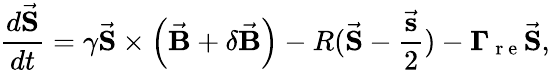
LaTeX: \frac{d\vec{\mathbf{S}}}{dt}=\gamma\vec{\mathbf{S}}\times\left(\vec{\mathbf{B}}+\delta\vec{\mathbf{B}}\right)-R(\vec{\mathbf{S}}-\frac{\vec{\mathbf{s}}}{2})-\mathbf{\Gamma_{\mathrm{~r~e~}}}\vec{\mathbf{S}},